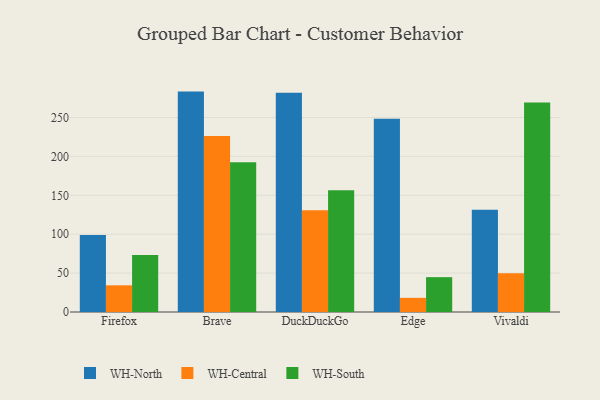
{"axis": {"x": "Browser", "y": "Temperature (°C)"}, "legend": ["WH-Central", "WH-North", "WH-South"], "data": [{"x": "Firefox", "y": 99.0, "type": "WH-North"}, {"x": "Firefox", "y": 34.3, "type": "WH-Central"}, {"x": "Firefox", "y": 73.4, "type": "WH-South"}, {"x": "Brave", "y": 283.3, "type": "WH-North"}, {"x": "Brave", "y": 226.1, "type": "WH-Central"}, {"x": "Brave", "y": 192.4, "type": "WH-South"}, {"x": "DuckDuckGo", "y": 281.8, "type": "WH-North"}, {"x": "DuckDuckGo", "y": 130.8, "type": "WH-Central"}, {"x": "DuckDuckGo", "y": 156.6, "type": "WH-South"}, {"x": "Edge", "y": 248.4, "type": "WH-North"}, {"x": "Edge", "y": 18.2, "type": "WH-Central"}, {"x": "Edge", "y": 44.8, "type": "WH-South"}, {"x": "Vivaldi", "y": 131.4, "type": "WH-North"}, {"x": "Vivaldi", "y": 49.9, "type": "WH-Central"}, {"x": "Vivaldi", "y": 269.4, "type": "WH-South"}]}